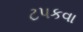
ટપકવા